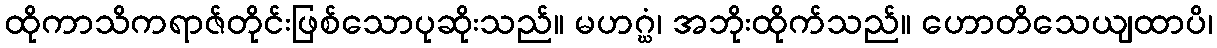
ထိုကာသိကရာဇ်တိုင်းဖြစ်သောပုဆိုးသည်။ မဟဂ္ဃံ၊ အဘိုးထိုက်သည်။ ဟောတိသေယျထာပိ၊